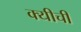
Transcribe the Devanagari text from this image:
क्यीची